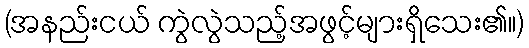
(အနည်းငယ် ကွဲလွဲသည့်အဖွင့်များရှိသေး၏။)